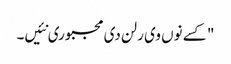
" کسے نوں وی رلن دی مجبوری نئیں۔